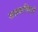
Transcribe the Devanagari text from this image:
सहस्रब्दियों